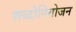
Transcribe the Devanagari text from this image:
शब्दोनियोजन